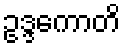
ဥဒ္ဒကောတိ